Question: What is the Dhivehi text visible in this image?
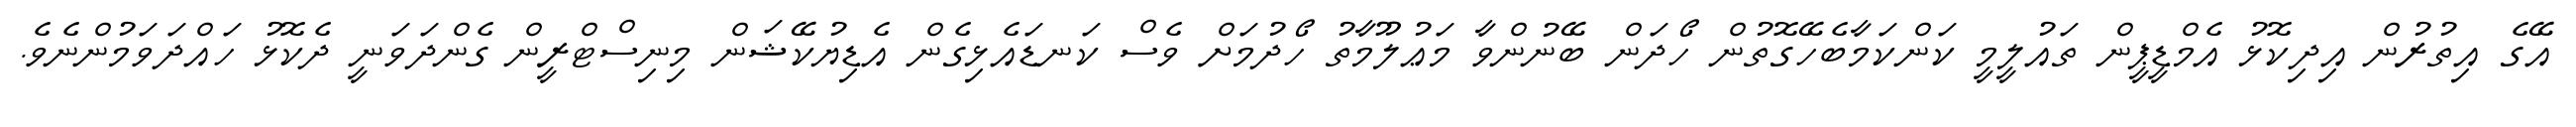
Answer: އޭގެ އިތުރުން އިދިކޮޅު އެމްޑީޕީން ތައުލީމީ ކަންކަމާބެހޭގޮތުން ހޯދަން ބޭނުންވާ މަޢުލޫމާތު ހޯދުމަށް ވެސް ކަނޑައެޅިގެން އެޑިޔުކޭޝަން މިނިސްޓްރީން ގެންދަވަނީ ދެކޮޅު ހައްދަވަމުންނެވެ.